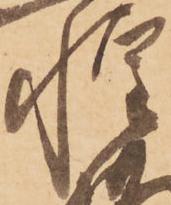
惶